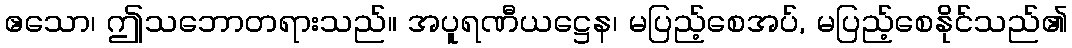
ဧသော၊ ဤသဘောတရားသည်။ အပူရဏီယဋ္ဌေန၊ မပြည့်စေအပ်, မပြည့်စေနိုင်သည်၏